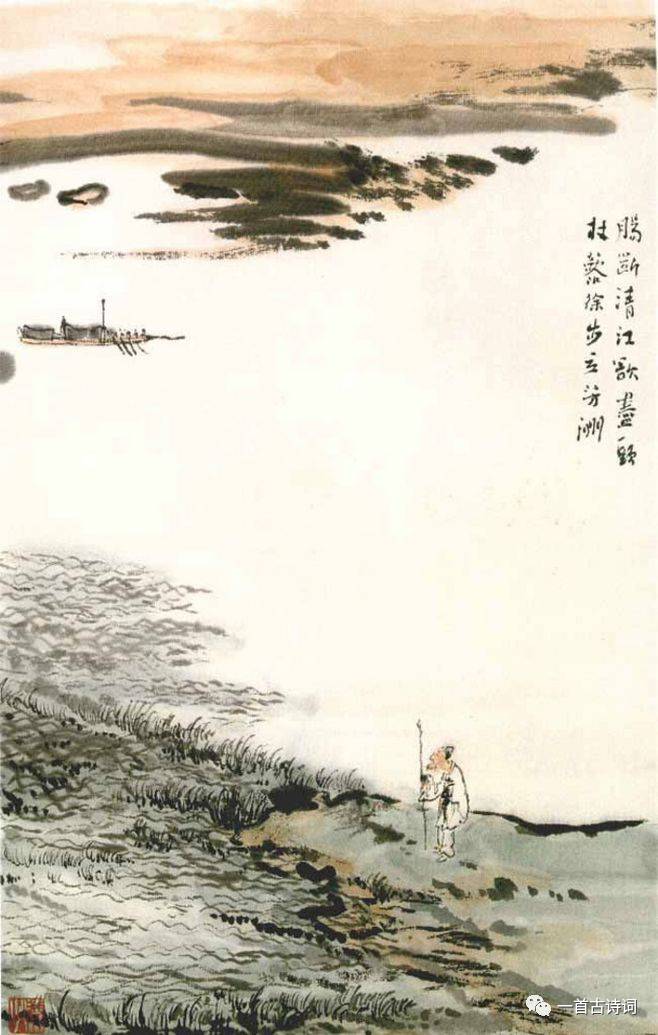
北风吹白云，万里渡河汾。